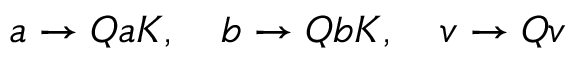
a \rightarrow Q a K , \quad b \rightarrow Q b K , \quad v \rightarrow Q v